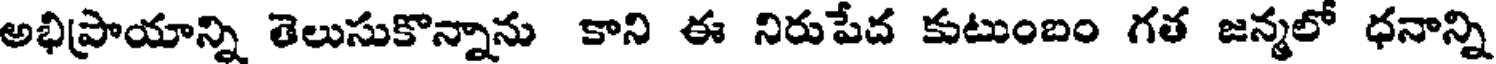
అభిప్రాయాన్ని తెలుసుకొన్నాను కాని ఈ నిరుపేద కుటుంబం గత జన్మలో ధనాన్ని